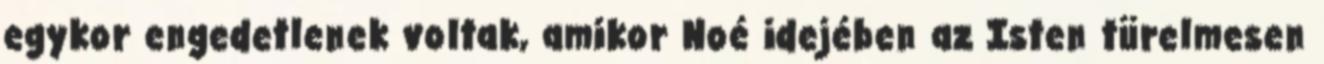
egykor engedetlenek voltak, amikor Noé idejében az Isten türelmesen